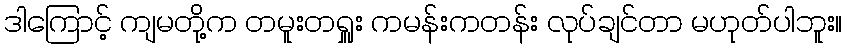
ဒါကြောင့် ကျမတို့က တမူးတရှူး ကမန်းကတန်း လုပ်ချင်တာ မဟုတ်ပါဘူး။